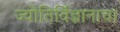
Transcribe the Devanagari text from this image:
ज्योतिर्विज्ञानाचा